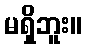
မရှိဘူး။